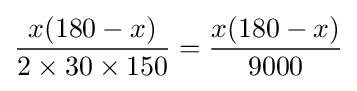
{\frac {x(180-x)}{2\times 30\times 150}}={\frac {x(180-x)}{9000}}